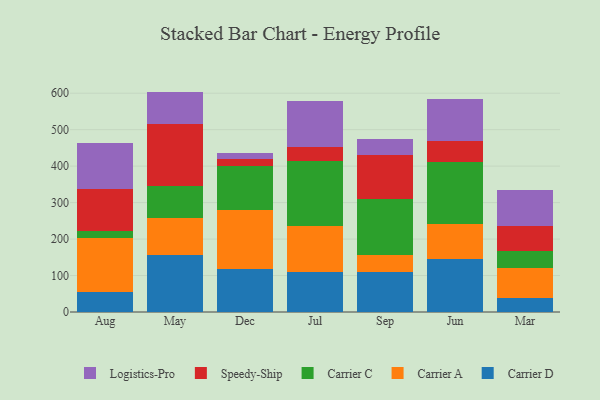
{"axis": {"x": "Month", "y": "Website Visitors"}, "legend": ["Carrier A", "Carrier C", "Carrier D", "Logistics-Pro", "Speedy-Ship"], "data": [{"x": "Aug", "y": 54.9, "type": "Carrier D"}, {"x": "Aug", "y": 149.2, "type": "Carrier A"}, {"x": "Aug", "y": 18.9, "type": "Carrier C"}, {"x": "Aug", "y": 113.4, "type": "Speedy-Ship"}, {"x": "Aug", "y": 126.1, "type": "Logistics-Pro"}, {"x": "May", "y": 156.9, "type": "Carrier D"}, {"x": "May", "y": 101.7, "type": "Carrier A"}, {"x": "May", "y": 86.7, "type": "Carrier C"}, {"x": "May", "y": 171.4, "type": "Speedy-Ship"}, {"x": "May", "y": 87.7, "type": "Logistics-Pro"}, {"x": "Dec", "y": 119.3, "type": "Carrier D"}, {"x": "Dec", "y": 159.6, "type": "Carrier A"}, {"x": "Dec", "y": 121.9, "type": "Carrier C"}, {"x": "Dec", "y": 18.0, "type": "Speedy-Ship"}, {"x": "Dec", "y": 16.1, "type": "Logistics-Pro"}, {"x": "Jul", "y": 110.0, "type": "Carrier D"}, {"x": "Jul", "y": 124.8, "type": "Carrier A"}, {"x": "Jul", "y": 179.3, "type": "Carrier C"}, {"x": "Jul", "y": 38.9, "type": "Speedy-Ship"}, {"x": "Jul", "y": 126.1, "type": "Logistics-Pro"}, {"x": "Sep", "y": 109.5, "type": "Carrier D"}, {"x": "Sep", "y": 46.9, "type": "Carrier A"}, {"x": "Sep", "y": 153.8, "type": "Carrier C"}, {"x": "Sep", "y": 120.2, "type": "Speedy-Ship"}, {"x": "Sep", "y": 44.0, "type": "Logistics-Pro"}, {"x": "Jun", "y": 145.7, "type": "Carrier D"}, {"x": "Jun", "y": 96.7, "type": "Carrier A"}, {"x": "Jun", "y": 169.1, "type": "Carrier C"}, {"x": "Jun", "y": 58.2, "type": "Speedy-Ship"}, {"x": "Jun", "y": 113.9, "type": "Logistics-Pro"}, {"x": "Mar", "y": 39.3, "type": "Carrier D"}, {"x": "Mar", "y": 80.4, "type": "Carrier A"}, {"x": "Mar", "y": 47.9, "type": "Carrier C"}, {"x": "Mar", "y": 68.3, "type": "Speedy-Ship"}, {"x": "Mar", "y": 98.3, "type": "Logistics-Pro"}]}